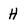
Character: H